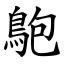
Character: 䳈